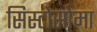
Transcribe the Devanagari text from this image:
सिस्टोसोमा